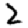
Digit: 2